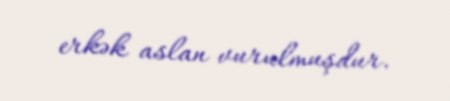
erkək aslan vurulmuşdur.